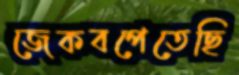
জেকবপেতেছি